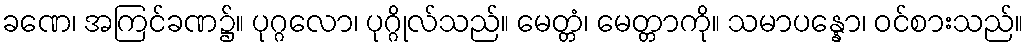
ခဏေ၊ အကြင်ခဏ၌။ ပုဂ္ဂလော၊ ပုဂ္ဂိုလ်သည်။ မေတ္တံ၊ မေတ္တာကို။ သမာပန္နော၊ ဝင်စားသည်။